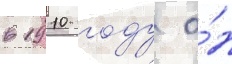
в 1910 году о́н